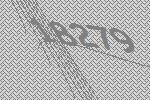
18279